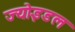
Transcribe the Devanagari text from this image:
ज्योइडल